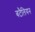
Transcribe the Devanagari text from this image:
बटैलियन